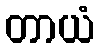
တာယံ